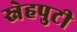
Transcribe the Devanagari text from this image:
स्नेहपुटी